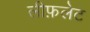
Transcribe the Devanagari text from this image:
लीफ़लेट